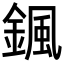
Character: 𩗩